Annual report on the Civil Veterinary Department, Burma (including the Insein Veterinary School) - 1923-1931
Year: 1923
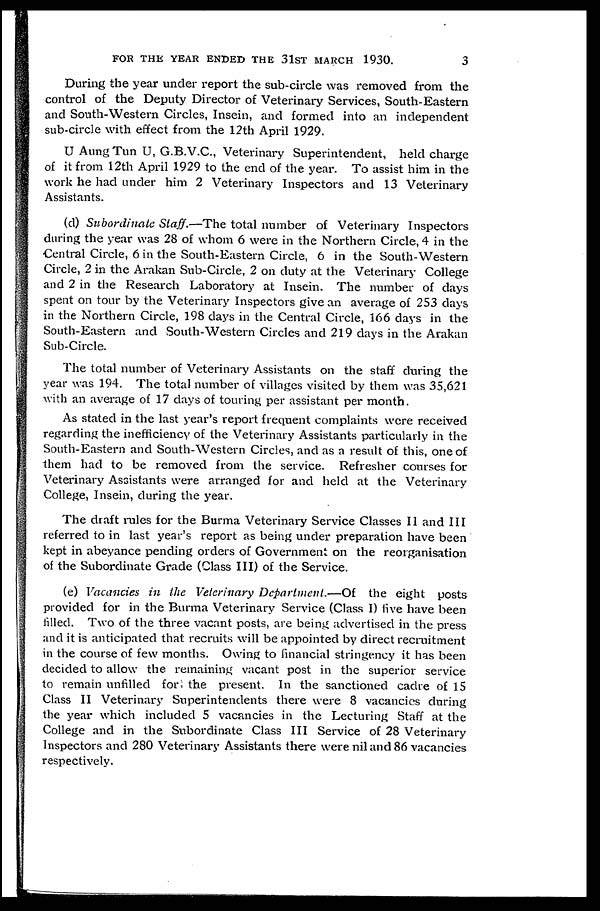
FOR THE YEAR ENDED THE 31ST MARCH 1930.
3
During the year under report the sub-circle was removed from the
control of the Deputy Director of Veterinary Services, South-Eastern
and South-Western Circles, Insein, and formed into an independent
sub-circle with effect from the 12th April 1929.
U Aung Tun U, G.B.V.C., Veterinary Superintendent, held charge
of it from 12th April 1929 to the end of the year. To assist him in the
work he had under him 2 Veterinary Inspectors and 13 Veterinary
Assistants.
(d) Subordinate Staff.—The total number of Veterinary Inspectors
during the year was 28 of whom 6 were in the Northern Circle, 4 in the
Central Circle, 6 in the South-Eastern Circle, 6 in the South-Western
Circle, 2 in the Arakan Sub-Circle, 2 on duty at the Veterinary College
and 2 in the Research Laboratory at Insein. The number of days
spent on tour by the Veterinary Inspectors give an average of 253 days
in the Northern Circle, 198 days in the Central Circle, 166 days in the
South-Eastern and South-Western Circles and 219 days in the Arakan
Sub-Circle.
The total number of Veterinary Assistants on the staff during the
year was 194. The total number of villages visited by them was 35,621
with an average of 17 days of touring per assistant per month.
As stated in the last year's report frequent complaints were received
regarding the inefficiency of the Veterinary Assistants particularly in the
South-Eastern and South-Western Circles, and as a result of this, one of
them had to be removed from the service. Refresher courses for
Veterinary Assistants were arranged for and held at the Veterinary
College, Insein, during the year.
The draft rules for the Burma Veterinary Service Classes II and III
referred to in last year's report as being under preparation have been
kept in abeyance pending orders of Government on the reorganisation
of the Subordinate Grade (Class III) of the Service.
(e) Vacancies in the Veterinary Department.—Of the eight posts
provided for in the Burma Veterinary Service (Class I) five have been
filled. Two of the three vacant posts, are being advertised in the press
and it is anticipated that recruits will be appointed by direct recruitment
in the course of few months. Owing to financial stringency it has been
decided to allow the remaining vacant post in the superior service
to remain unfilled for the present. In the sanctioned cadre of 15
Class II Veterinary Superintendents there were 8 vacancies during
the year which included 5 vacancies in the Lecturing Staff at the
College and in the Subordinate Class III Service of 28 Veterinary
Inspectors and 280 Veterinary Assistants there were nil and 86 vacancies
respectively.